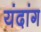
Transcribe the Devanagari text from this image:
यंदांग